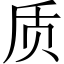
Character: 质